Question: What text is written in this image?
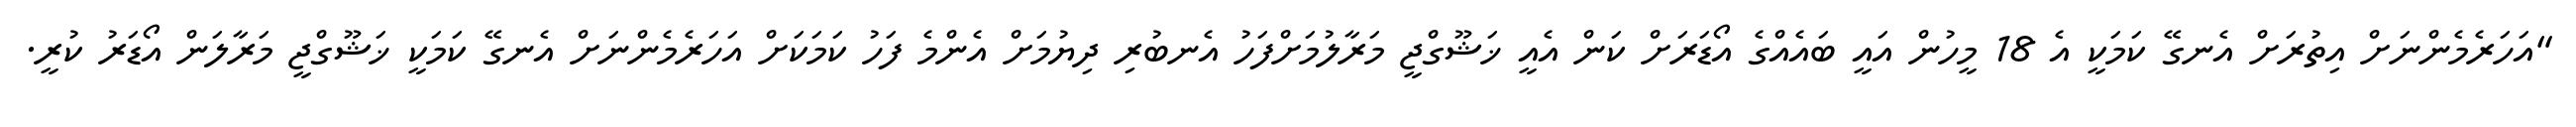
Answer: "އަހަރެމެންނަށް އިތުރަށް އެނގޭ ކަމަކީ އެ 18 މީހުން އައީ ބައެއްގެ އޯޑަރަށް ކަން އެއީ ޚަޝޫގްޖީ މަރާލުމަށްފަހު އެނބުރި ދިޔުމަށް އެންމެ ފަހު ކަމަކަށް އަހަރެމެންނަށް އެނގޭ ކަމަކީ ޚަޝޫގްޖީ މަރާލަން އޯޑަރު ކުރީ.